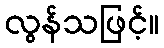
လွန်သဖြင့်။